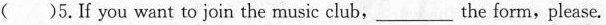
( )5.F you want to join the music club,___ the form,please.